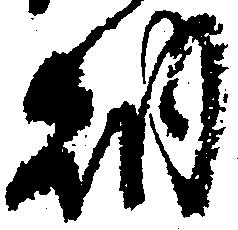
納